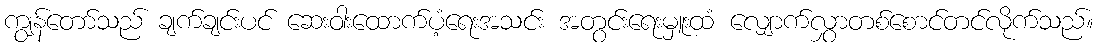
ကျွန်တော်သည် ချက်ချင်းပင် ဆေးဝါးထောက်ပံ့ရေးအသင်း အတွင်းရေးမှူးထံ လျှောက်လွှာတစ်စောင်တင်လိုက်သည်။